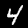
Label: 4